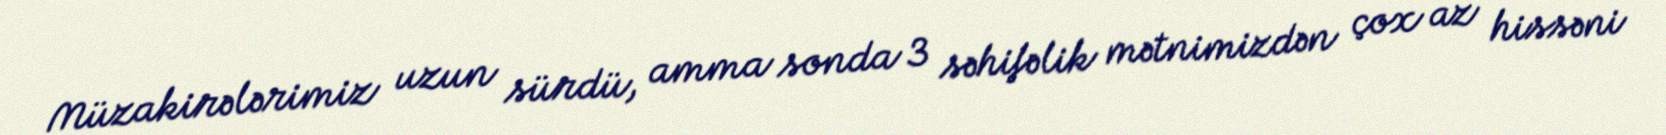
Müzakirələrimiz uzun sürdü, amma sonda 3 səhifəlik mətnimizdən çox az hissəni